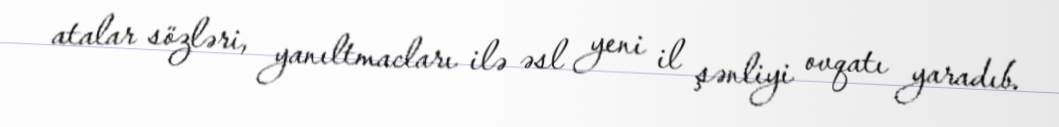
atalar sözləri, yanıltmacları ilə əsl yeni il şənliyi ovqatı yaradıb.